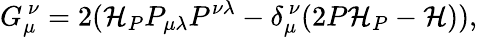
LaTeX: G_{\mu}^{~\nu}=2({\cal H}_{P}P_{\mu\lambda}P^{\nu\lambda}-\delta_{\mu}^{~\nu}(2P{\cal H}_{P}-{\cal H})),